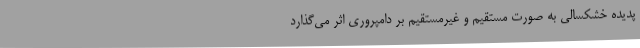
پدیده خشکسالی به صورت مستقیم و غیرمستقیم بر دامپروری اثر می‌گذارد